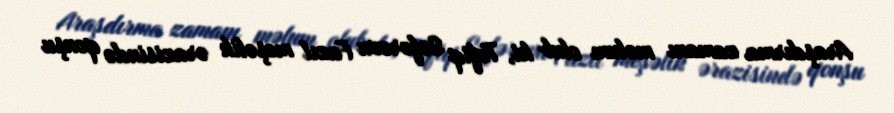
Araşdırma zamanı məlum olub ki, Tofiq Səfərovu Fazıl meşəlik ərazisində qonşu